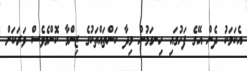
އެކަމަކު ދެން އޭގެ ފަހުގައި ހިނގަމުން މިދާ ކަންތައްތަކުގެ ޒިންމާ ކޮންމެވެސް ވަރަކަށް